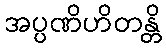
အပ္ပဏိဟိတန္တိ